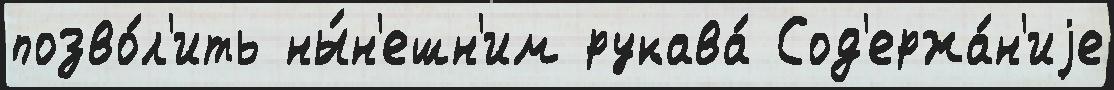
позво́л'ить ны́н'ешн'им рукава́ Сод'ержа́н'иjе